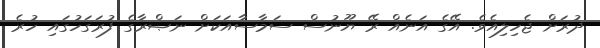
ދުރަށް ޖެހިލިއެވެ. އޭގެ އަނެއް ރޭ ޔޫނުސް ސަމާސާއަކަށް ނަޞްރާގެ ފުރަގަހުގައި ހުރެ